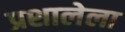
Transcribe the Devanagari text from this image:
प्रशालेला